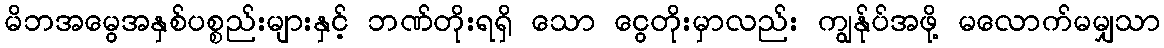
မိဘအမွေအနှစ်ပစ္စည်းများနှင့် ဘဏ်တိုးရရှိ သော ငွေတိုးမှာလည်း ကျွန်ုပ်အဖို့ မလောက်မမျှသာ